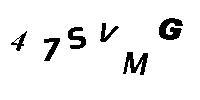
47SVMG